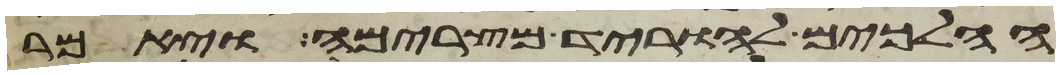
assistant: הלכים להוריד מצרימה ויאמר